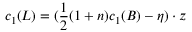
c _ { 1 } ( L ) = ( \frac { 1 } { 2 } ( 1 + n ) c _ { 1 } ( B ) - \eta ) \cdot z